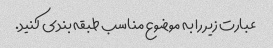
عبارت زیر را به موضوع مناسب طبقه بندی کنید.